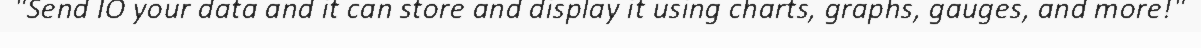
"Send IO your data and it can store and display it using charts, graphs, gauges, and more!"